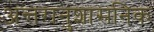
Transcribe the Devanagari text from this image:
अन्तरानुशासनिक